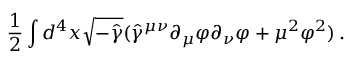
{ \frac { 1 } { 2 } } \int d ^ { 4 } x \sqrt { - \hat { \gamma } } ( \hat { \gamma } ^ { \mu \nu } \partial _ { \mu } \varphi \partial _ { \nu } \varphi + \mu ^ { 2 } \varphi ^ { 2 } ) \, .